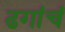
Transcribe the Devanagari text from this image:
ढगांचं